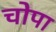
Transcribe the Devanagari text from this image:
चोपा